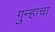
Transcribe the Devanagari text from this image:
गुन्हाचा